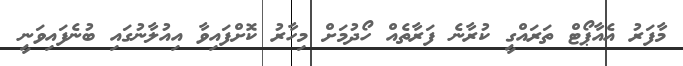
މާފަރު އެއާޕޯޓް ތަރައްގީ ކުރާނެ ފަރާތެއް ހޯދުމަށް މިހާރު ކޮށްފައިވާ އިއުލާނުގައި ބުނެފައިވަނީ